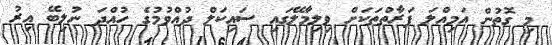
މި ގޮތުން އަމިއްލަ ފަރާތްތަކަށް ވިލިމާލޭގައި ސައިކަލް ދުއްވުމުގެ ހުއްދަ ނުލިބޭ އިރު